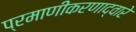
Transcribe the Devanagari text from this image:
प्रमाणीकरणाद्वारे